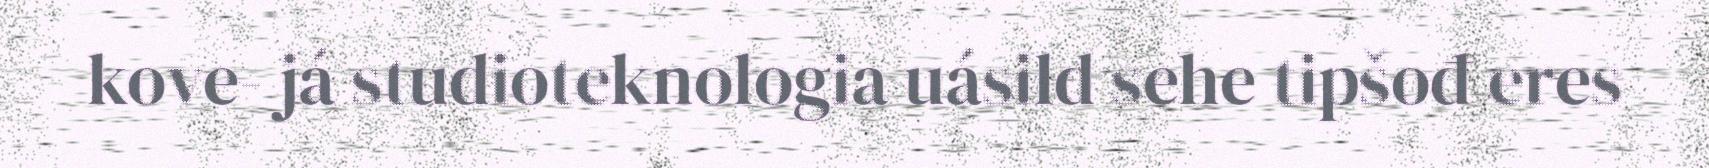
kove- já studioteknologia uásild sehe tipšođ eres